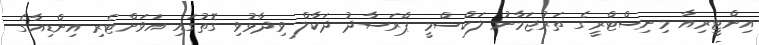
އިންޓީރިއާ މިނިސްޓްރީގެ ތަރުޖަމާނު ލަކްސްމީ ޕްރަސާދު ދަކާލް ވިދާޅުވި ގޮތުގައި އަވަށްޓެރި އިންޑިއާގެ